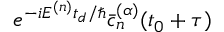
e ^ { - i E ^ { ( n ) } t _ { d } / \hbar } \Bar { c } _ { n } ^ { ( \alpha ) } ( t _ { 0 } + \tau )